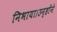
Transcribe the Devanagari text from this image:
निभाया।उन्होंने